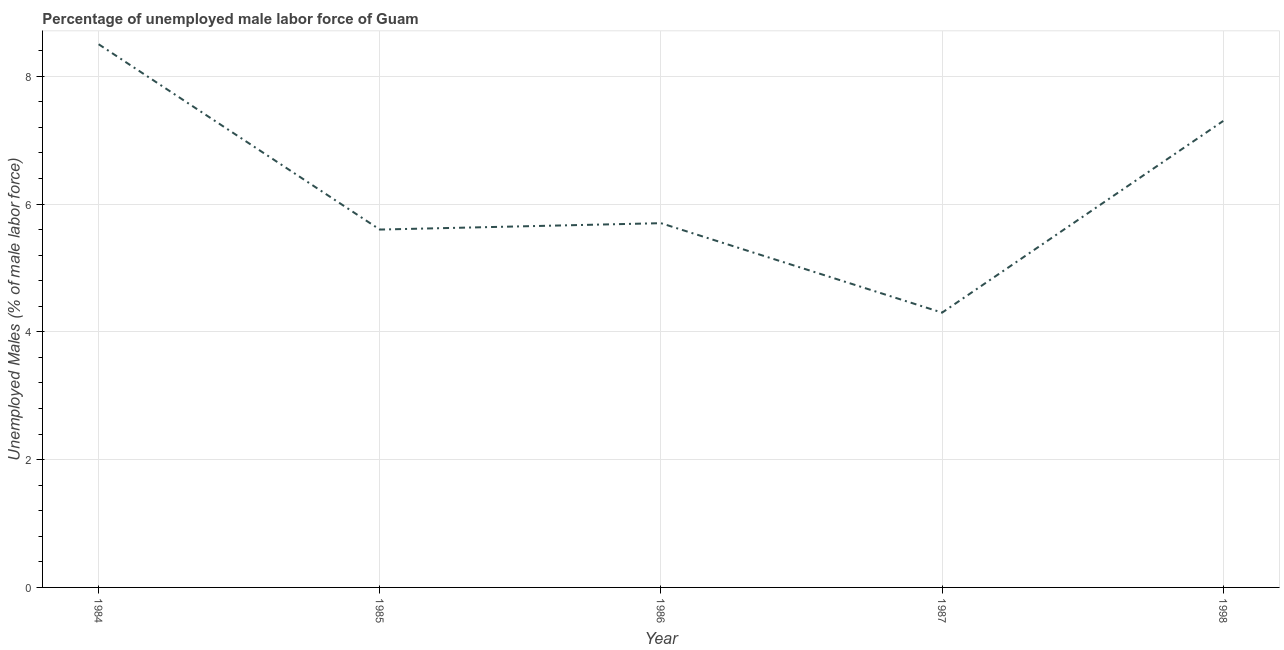
| Year | Unemployment male |
 | --- | --- |
 | 1984 | 8.5 |
 | 1985 | 5.6 |
 | 1986 | 5.7 |
 | 1987 | 4.3 |
 | 1998 | 7.3 |